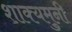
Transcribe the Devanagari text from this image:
शाक्यमुनी